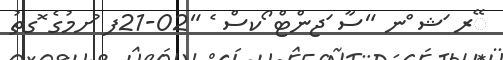
ޭރ ަޝ ްނ "ސާ ަޖންޓް ޯކސް ެ "02-21ފ ުށމުގެ ޮގތު